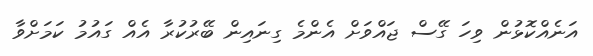
އަނެއްކޮޅުން ވިހަ ގޭސް ޖައްވަށް އެންމެ ގިނައިން ބޭރުކުރާ އެއް ގައުމު ކަމަށްވާ